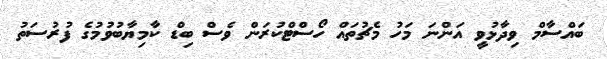
ބައްސާމް ވިދާޅުވީ އަންނަ މަހު މެޗުތައް ހޯސްޓްކުރަން ވެސް ބިޑް ކާމިޔާބުވުމުގެ ފުރުސަތު